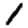
Digit: 1